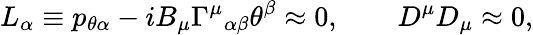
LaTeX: L_{\alpha}\equiv p_{\theta\alpha}-iB_{\mu}{\Gamma^{\mu}}_{\alpha\beta}\theta^{\beta}\approx 0,\qquad D^{\mu}D_{\mu}\approx 0,